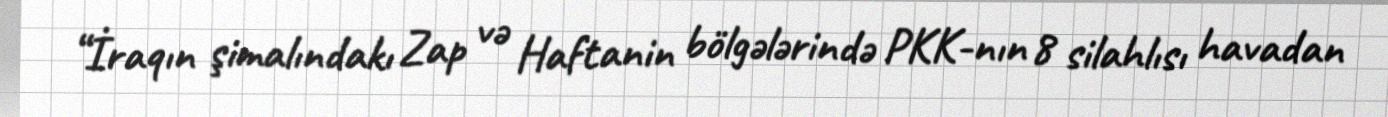
“İraqın şimalındakı Zap və Haftanin bölgələrində PKK-nın 8 silahlısı havadan